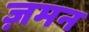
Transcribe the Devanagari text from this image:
ज़मन